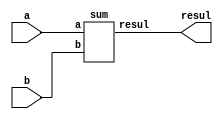
module calculadora (
    input [3:0] a, b,  /// entradas de la operacion
    output [7:0] resul /// resultado de la operacion
);
 sum sumatoria (.a(a), .b(b), .resul(resul));

endmodule //calculadora

module sum (
    input [3:0] a, b,  /// entradas de la operacion
    output [7:0] resul /// resultado de la operacion
);

assign resul = (a + b);

endmodule //suma de los datos

module res (
    input [3:0] a, b,  /// entradas de la operacion
    output [7:0] resul /// resultado de la operacion
);
assign resul = (a - b);

endmodule //resta de los datos

module div (
    input [3:0] a, b,  /// entradas de la operacion
    output [7:0] resul /// resultado de la operacion
);
 assign resul = (a / b);

endmodule //division de los datos

module mul (
    input [3:0] a, b,  /// entradas de la operacion
    output [7:0] resul /// resultado de la operacion
);
 assign resul = (a * b);

endmodule //multiplicasion de los datos

module pot (
    input [1:0] a, b,  /// entradas de la operacion
    output [7:0] resul /// resultado de la operacion
);
 assign resul = (a ** b);

endmodule //elevacion de los datos de los datos

module por (
    input [1:0] a, b,  /// entradas de la operacion
    output [7:0] resul /// resultado de la operacion
);
 assign resul = ((a * b)/100);

endmodule // de los datos de los datos